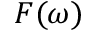
F ( \omega )